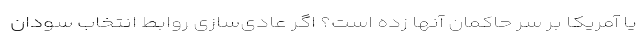
یا آمریکا بر سر حاکمان آنها زده است؟ اگر عادی‌سازی‌ روابط انتخاب سودان